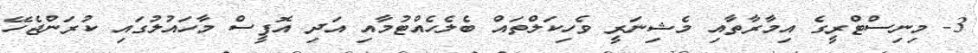
3- މިނިސްޓްރީގެ އިމާރާތާއި މެޝިނަރީ ވެހިކަލްތައް ބެލެހެއްޓުމާއި އަދި އޮފީސް މާހައުލުގައި ކުރަންޖެހޭ